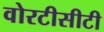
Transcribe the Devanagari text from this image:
वोरटीसीटी